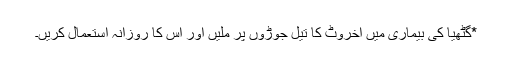
*گٹھیا کی بیماری میں اخروٹ کا تیل جوڑوں پر مَلیں اور اس کا روزانہ استعمال کریں۔